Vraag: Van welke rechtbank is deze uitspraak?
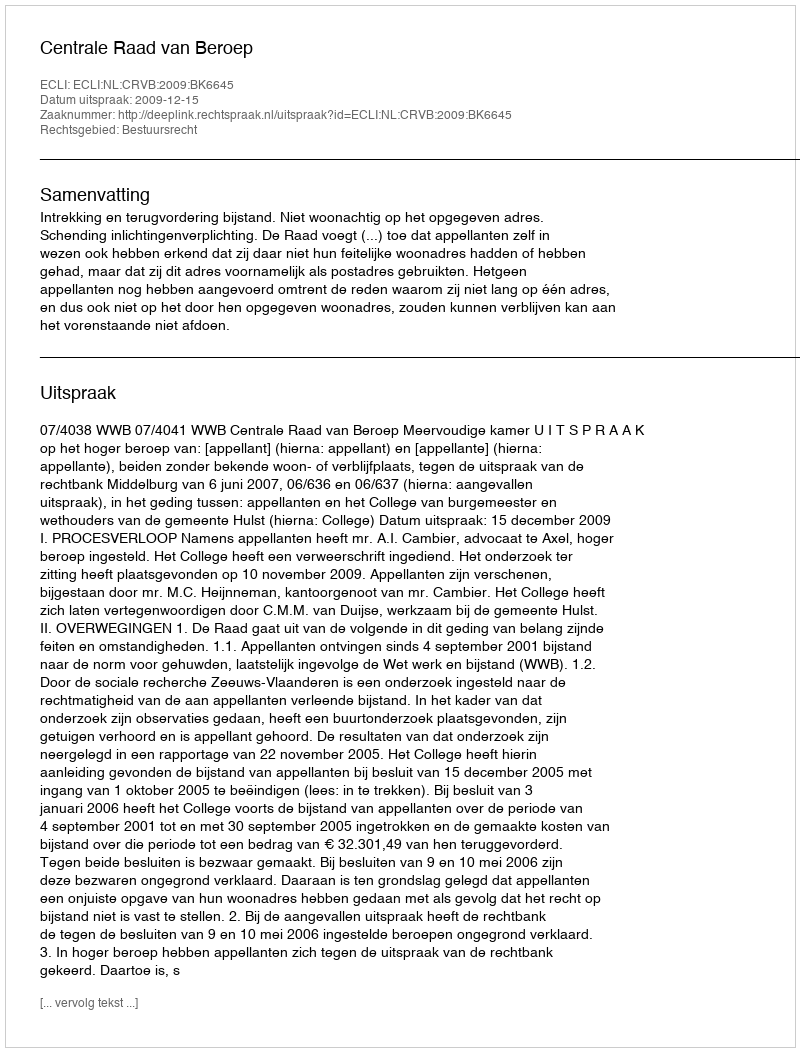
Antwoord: Centrale Raad van Beroep